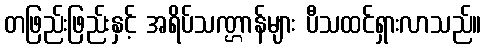
တဖြည်းဖြည်းနှင့် အရိပ်သဏ္ဌာန်များ ပီသထင်ရှားလာသည်။